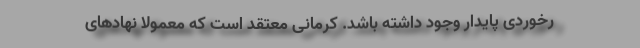
رخوردی پایدار وجود داشته باشد. کرمانی معتقد است که معمولاً نهادهای